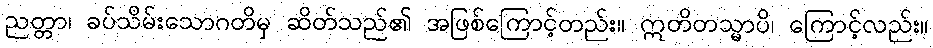
ညတ္တာ၊ ခပ်သိမ်းသောဂတိမှ ဆိတ်သည်၏ အဖြစ်ကြောင့်တည်း။ ဣတိတသ္မာပိ၊ ကြောင့်လည်း။